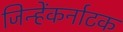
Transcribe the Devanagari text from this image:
जिन्हेंकर्नाटक